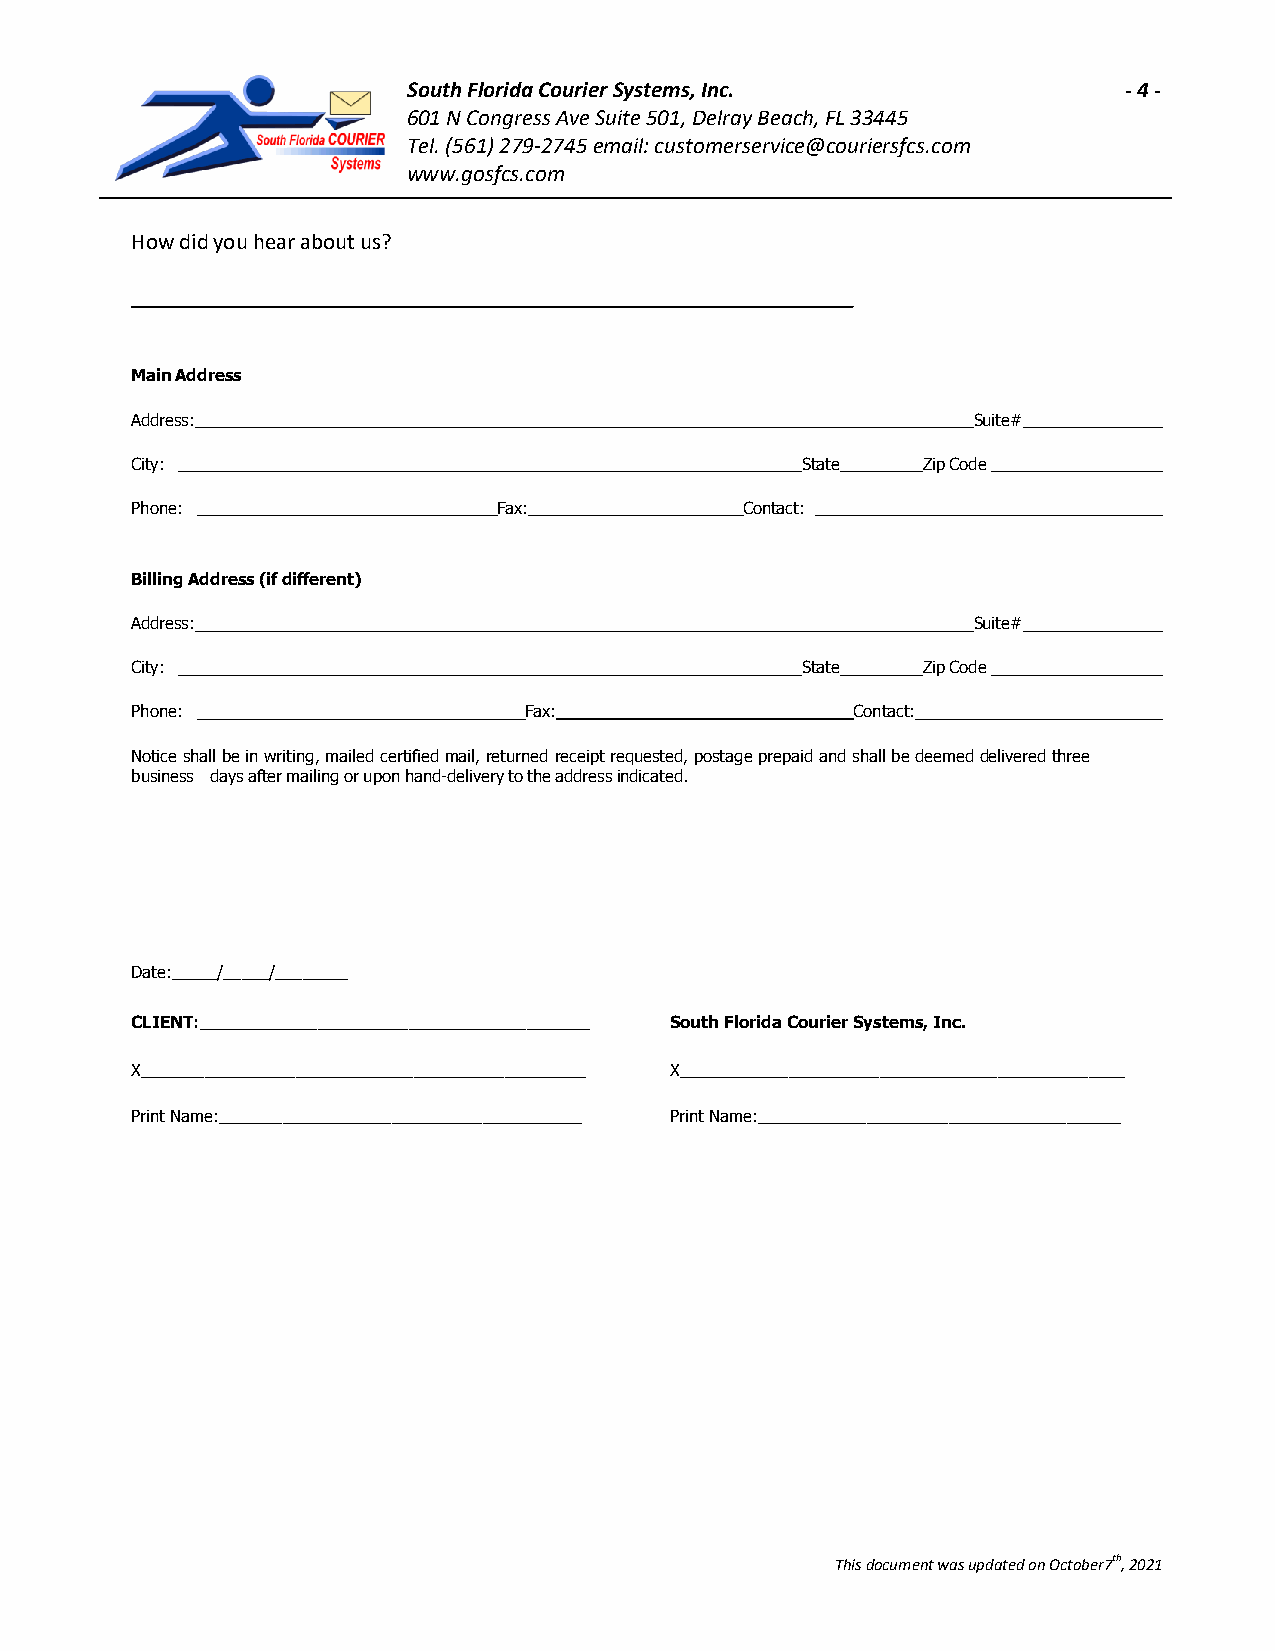
South Florida Courier Systems, Inc.            - 4 -
 601 N Congress Ave Suite 501, Delray Beach, FL 33445
 Tel. (561) 279-2745 email: customerservice@couriersfcs.com
 www.gosfcs.com
 How did you hear about us?
 _______________________________________________________________
 Main Address
 Address:                                               Suite#
 City:                                       State   Zip Code
 Phone:                  Fax:            Contact:
 Billing Address (if different)
 Address:                                               Suite#
 City:                                       State   Zip Code
 Phone:                    Fax:                  Contact:
 Notice shall be in writing, mailed certified mail, returned receipt requested, postage prepaid and shall be deemed delivered three
 business days after mailing or upon hand-delivery to the address indicated.
 Date:_____/_____/________
 CLIENT:___________________________________________ South Florida Courier Systems, Inc.
 X_________________________________________________ X_________________________________________________
 Print Name:________________________________________ Print Name:________________________________________
 This document was updated on October7th, 2021